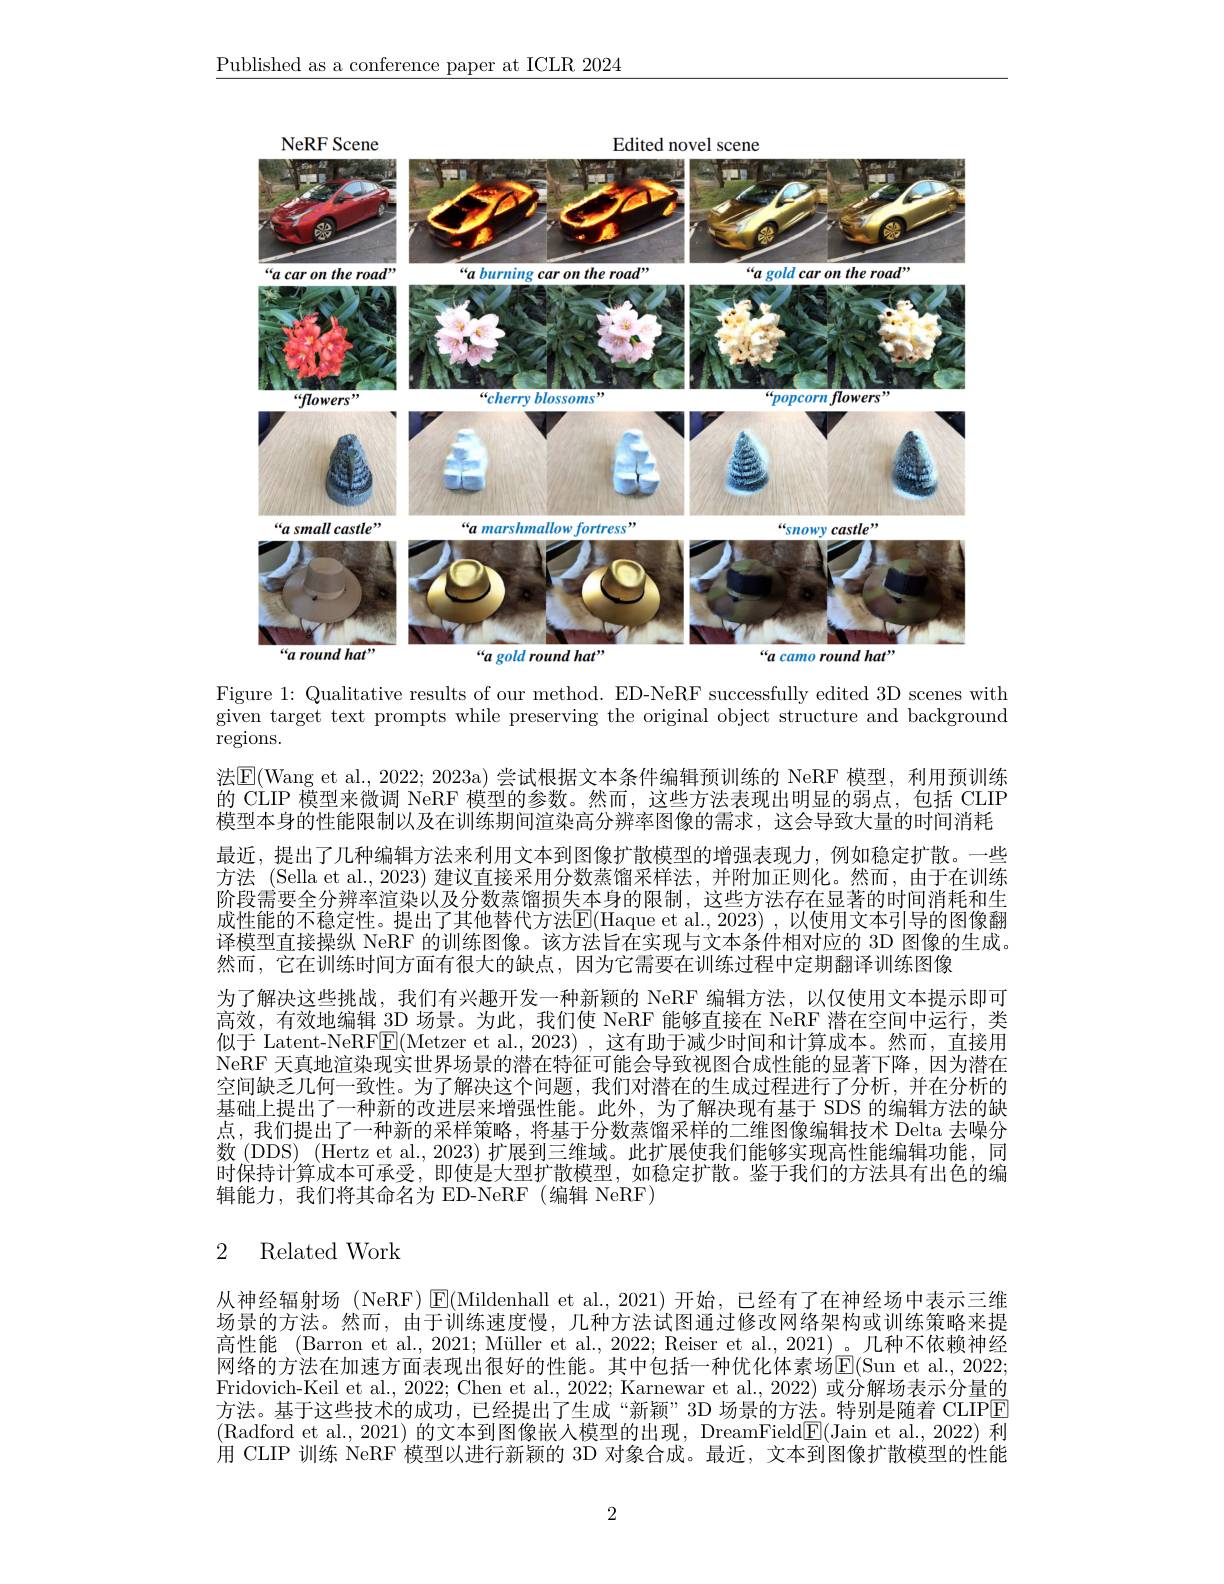
$\underline{\text{Published as a conference paper at ICLR 2024}}$

<FigureHere>

Figure 1: Qualitative results of our method. ED-NeRF successfully edited 3D scenes with given target text prompts while preserving the original object structure and background ${\overset{\circ}{\operatorname*{\operatorname*{regions.}}}}$

法$\mathbb{E}($Wang et al., 2022; 2023a) 尝试根据文本条件编辑预训练的 NeRF 模型，利用预训练的 CLIP 模型来微调 NeRF 模型的参数。然而，这些方法表现出明显的弱点，包括 CLIP 模型本身的性能限制以及在训练期间渲染高分辨率图像的需求，这会导致大量的时间消耗最近，提出了几种编辑方法来利用文本到图像扩散模型的增强表现力，例如稳定扩散。一些方法 (Sella et al., 2023) 建议直接采用分数蒸馏采样法，并附加正则化。然而，由于在训练阶段需要全分辨率渲染以及分数蒸馏损失本身的限制，这些方法存在显著的时间消耗和生成性能的不稳定性。提出了其他替代方法$\overline{\mathrm{E}}($Haque et al., 2023) , 以使用文本引导的图像翻译模型直接操纵 NeRF 的训练图像。该方法旨在实现与文本条件相对应的 3D 图像的生成。然而，它在训练时间方面有很大的缺点，因为它需要在训练过程中定期翻译训练图像
为了解决这些挑战，我们有兴趣开发一种新颖的 NeRF 编辑方法，以仅使用文本提示即可高效，有效地编辑\_3D 场景。为此，我们使 NeRF 能够直接在 NeRF 潜在空间中运行，类似于 Latent-NeRF$\boxed{\mathrm{E}}($Metzer et al., 2023) , 这有助于减少时间和计算成本。然而，直接用NeRF 天真地渲染现实世界场景的潜在特征可能会导致视图合成性能的显著下降，因为潜在空间缺乏几何一致性。为了解决这个问题，我们对潜在的生成过程进行了分析，并在分析的基础上提出了一种新的改进层来增强性能。此外，为了解决现有基于 SDS 的编辑方法的缺点，我们提出了一种新的采样策略，将基于分数蒸馏采样的二维图像编辑技术 Delta 去噪分数(DDS)(Hertz et al., 2023) 扩展到三维域。此扩展使我们能够实现高性能编辑功能，同时保持计算成本可承受，即使是大型扩散模型，如稳定扩散。鉴于我们的方法具有出色的编辑能力，我们将其命名为 ED-NeRF (编辑 NeRF)

## 2 Related Work

从神经辐射场 (NeRF) $\operatorname{E}($Mildenhall et al., 2021) 开始，已经有了在神经场中表示三维场景的方法。然而，由于训练速度慢，几种方法试图通过修改网络架构或训练策略来提高性能 (Barron et al., 2021; Müller et al., 2022; Reiser et al., 2021)。几种不依赖神经网络的方法在加速方面表现出很好的性能。其中包括一种优化体素场E(Sun et al., 2022; Fridovich-Keil et al., 2022; Chen et al., 2022; Karnewar et al., 2022) 或分解场表示分量的方法。基于这些技术的成功，已经提出了生成“新颖”3D 场景的方法。特别是随着 CLIPE (Radford et al., 2021) 的文本到图像嵌入模型的出现，DreamField$\underline{\mathrm{E}}($Jain et al., 2022) 利用 CLIP 训练 NeRF 模型以进行新颖的 3D 对象合成。最近，文本到图像扩散模型的性能

2